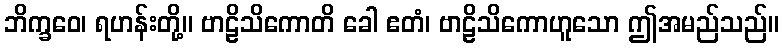
ဘိက္ခဝေ၊ ရဟန်းတို့။ ဗာဠိသိကောတိ ခေါ ဧတံ၊ ဗာဠိသိကောဟူသော ဤအမည်သည်။